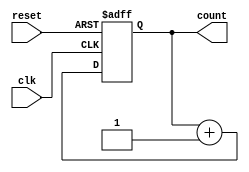
module async_nbit_counter(
    input wire clk, reset,
    output reg [N-1:0] count
);

parameter N = 4; // Define the number of bits

always @(posedge clk or posedge reset) begin
    if (reset)
        count <= {N{1'b0}}; // Reset to 0
    else
        count <= count + 1; // Increment on each clock cycle
end

endmodule